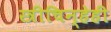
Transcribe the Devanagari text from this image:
स्त्रीचिन्हेही